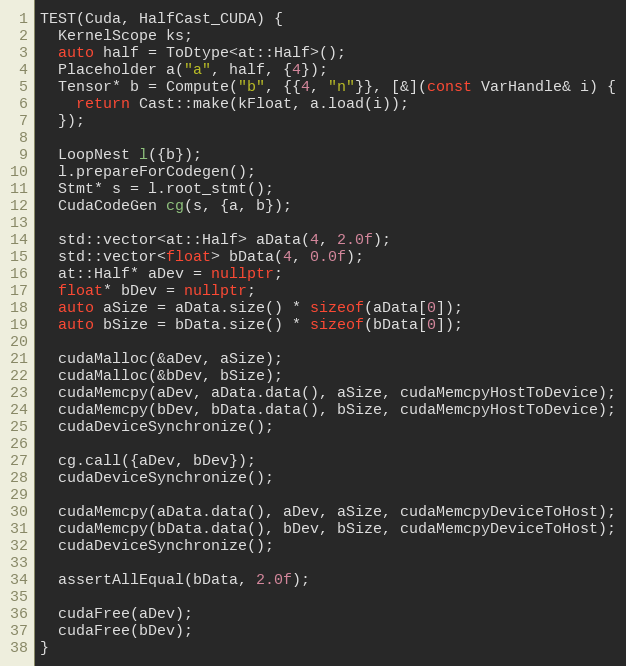
Language: C++
TEST(Cuda, HalfCast_CUDA) {
  KernelScope ks;
  auto half = ToDtype<at::Half>();
  Placeholder a("a", half, {4});
  Tensor* b = Compute("b", {{4, "n"}}, [&](const VarHandle& i) {
    return Cast::make(kFloat, a.load(i));
  });

  LoopNest l({b});
  l.prepareForCodegen();
  Stmt* s = l.root_stmt();
  CudaCodeGen cg(s, {a, b});

  std::vector<at::Half> aData(4, 2.0f);
  std::vector<float> bData(4, 0.0f);
  at::Half* aDev = nullptr;
  float* bDev = nullptr;
  auto aSize = aData.size() * sizeof(aData[0]);
  auto bSize = bData.size() * sizeof(bData[0]);

  cudaMalloc(&aDev, aSize);
  cudaMalloc(&bDev, bSize);
  cudaMemcpy(aDev, aData.data(), aSize, cudaMemcpyHostToDevice);
  cudaMemcpy(bDev, bData.data(), bSize, cudaMemcpyHostToDevice);
  cudaDeviceSynchronize();

  cg.call({aDev, bDev});
  cudaDeviceSynchronize();

  cudaMemcpy(aData.data(), aDev, aSize, cudaMemcpyDeviceToHost);
  cudaMemcpy(bData.data(), bDev, bSize, cudaMemcpyDeviceToHost);
  cudaDeviceSynchronize();

  assertAllEqual(bData, 2.0f);

  cudaFree(aDev);
  cudaFree(bDev);
}